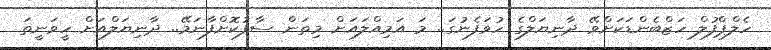
ހެލްޕްފުލް ހަޒްބެންޑަކަށްވޭ ދާނިޔަލްގެ ހުވަފެނުގަ.. މަ އަމިއްލައަށް މިތަން ސާފުކޮށްފާނަމޭ.. ދާނިޔަލްއަށް ހީވަނީތަ